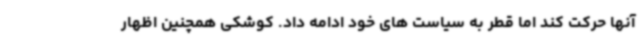
آنها حرکت کند اما قطر به سیاست های خود ادامه داد. کوشکی همچنین اظهار